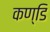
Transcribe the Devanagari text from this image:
कण्डि